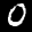
Label: 0